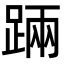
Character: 䠃